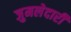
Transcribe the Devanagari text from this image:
जुमलेदारी